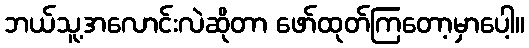
ဘယ်သူ့အလောင်းလဲဆိုတာ ဖော်ထုတ်ကြတော့မှာပေါ့။